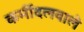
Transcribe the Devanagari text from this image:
कर्मीदलवाले